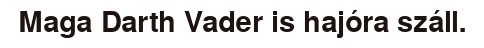
Maga Darth Vader is hajóra száll.